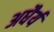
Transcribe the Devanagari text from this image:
अधैर्य